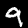
Label: 9